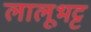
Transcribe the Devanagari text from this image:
लालूभट्ट